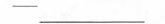
-_.